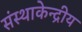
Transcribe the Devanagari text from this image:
संस्थाकेन्द्रीय